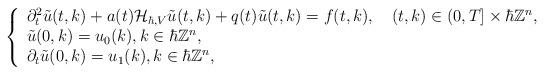
LaTeX: \begin{align*}\left\{\begin{array}{l}\partial_{t}^{2} \tilde{u}(t, k)+a(t) \mathcal{H}_{\hbar,V}\tilde{u}(t, k)+q(t) \tilde{u}(t, k)=f(t,k),\quad(t, k) \in(0, T] \times \hbar\mathbb{Z}^{n}, \\\tilde{u}(0, k)=u_{0}(k),k \in \hbar\mathbb{Z}^{n}, \\\partial_{t} \tilde{u}(0, k)=u_{1}(k),k \in \hbar\mathbb{Z}^{n},\end{array}\right.\end{align*}